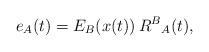
LaTeX: \begin{align*}e_{A}(t)=E_{B}(x(t))\,R^{B}{}_{A}(t),\end{align*}